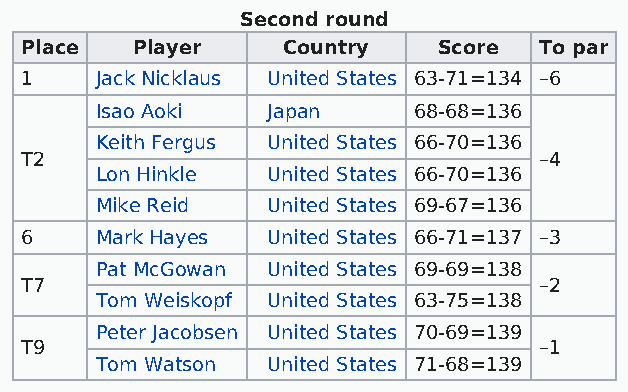
Second round
 Place   Player    Country   Score  To par
 1    Jack Nicklaus United States 63-71=134 –6
 Isao Aoki   Japan    68-68=136
 Keith Fergus United States 66-70=136
 T2                                 –4
 Lon Hinkle  United States 66-70=136
 Mike Reid   United States 69-67=136
 6    Mark Hayes  United States 66-71=137 –3
 Pat McGowan United States 69-69=138
 T7                                 –2
 Tom Weiskopf United States 63-75=138
 Peter Jacobsen United States 70-69=139
 T9                                 –1
 Tom Watson  United States 71-68=139